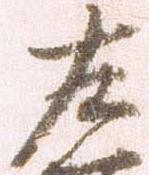
左